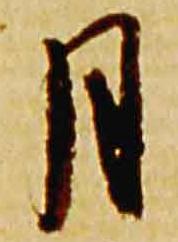
月